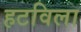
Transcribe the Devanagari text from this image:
हटविला